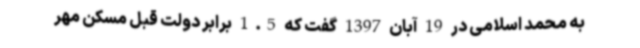
به محمد اسلامی در 19 آبان 1397 گفت که 1.5 برابر دولت قبل مسکن مهر